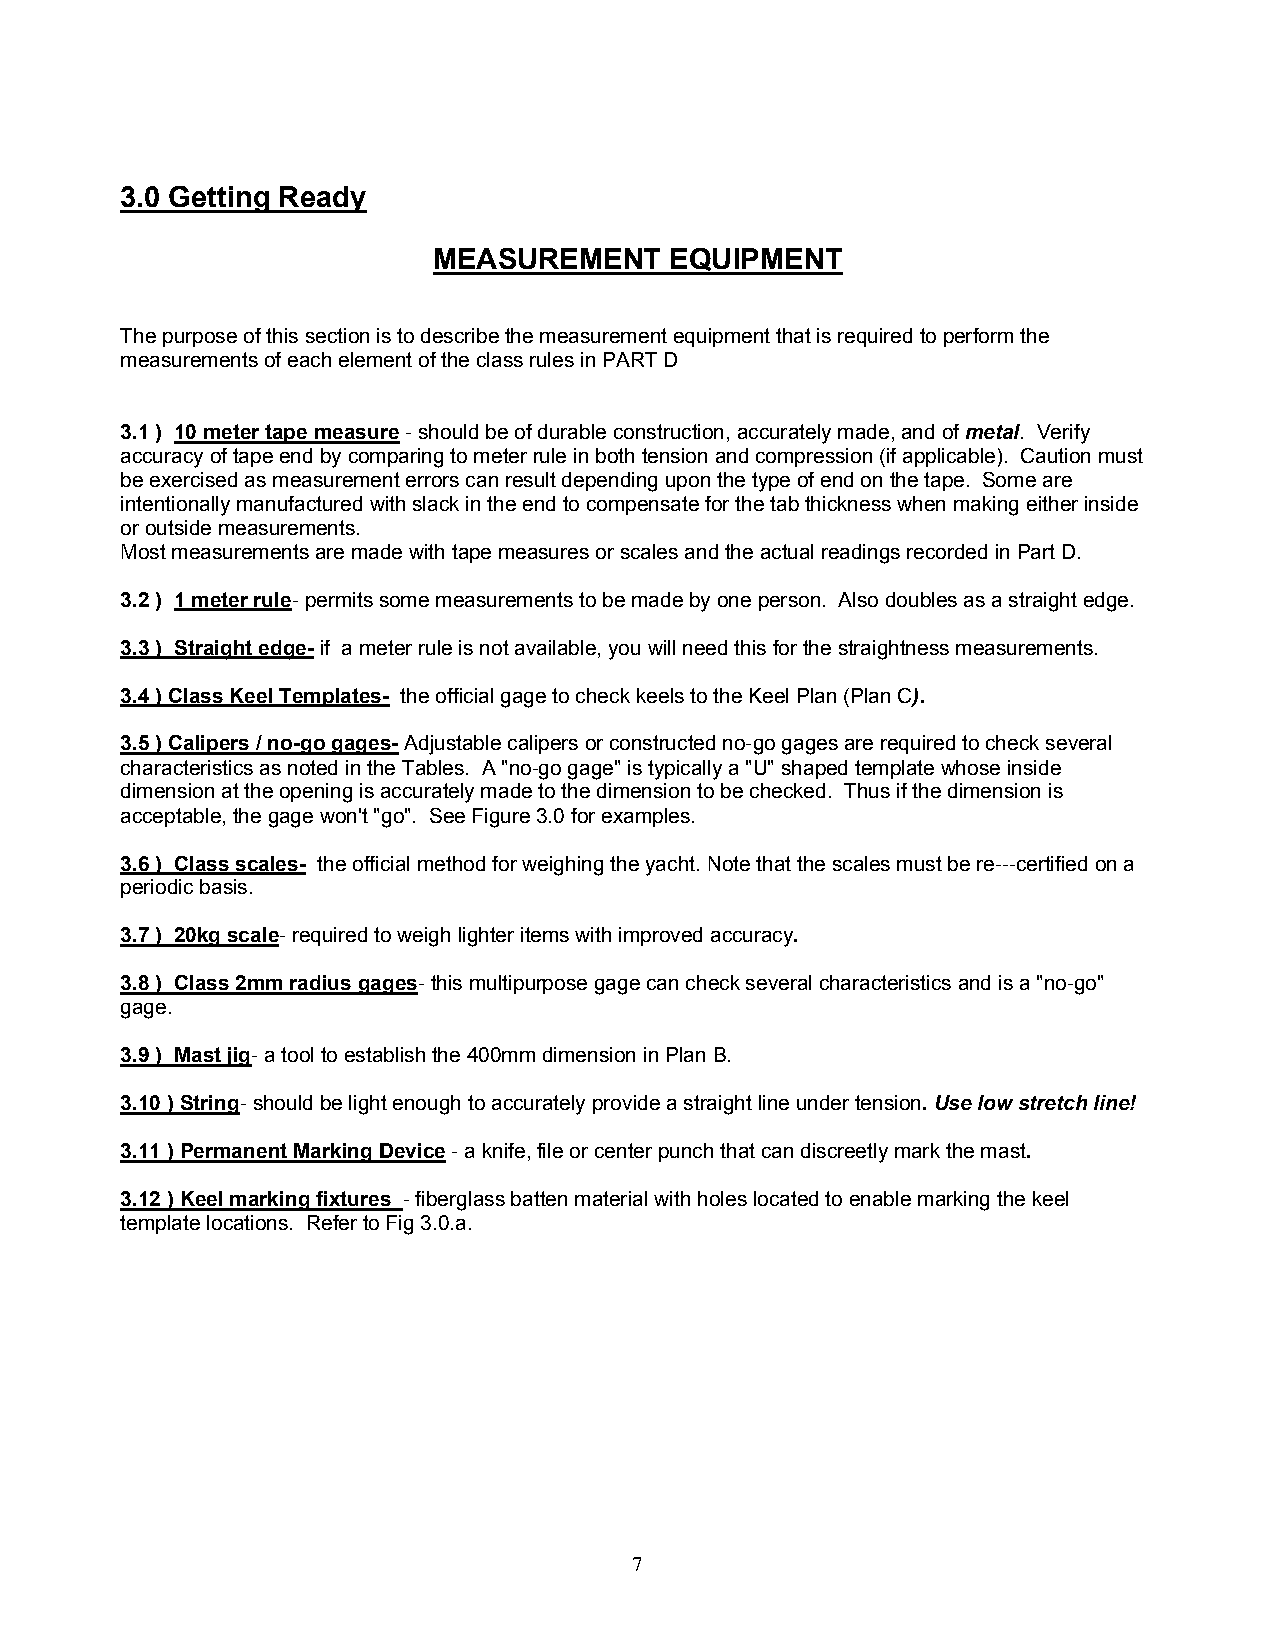
3.0 Getting Ready
 MEASUREMENT    EQUIPMENT
 The purpose of this section is to describe the measurement equipment that is required to perform the
 measurements of each element of the class rules in PART D
 3.1 ) 10 meter tape measure - should be of durable construction, accurately made, and of metal. Verify
 accuracy of tape end by comparing to meter rule in both tension and compression (if applicable). Caution must
 be exercised as measurement errors can result depending upon the type of end on the tape. Some are
 intentionally manufactured with slack in the end to compensate for the tab thickness when making either inside
 or outside measurements.
 Most measurements are made with tape measures or scales and the actual readings recorded in Part D.
 3.2 ) 1 meter rule- permits some measurements to be made by one person. Also doubles as a straight edge.
 3.3 ) Straight edge- if a meter rule is not available, you will need this for the straightness measurements.
 3.4 ) Class Keel Templates- the official gage to check keels to the Keel Plan (Plan C).
 3.5 ) Calipers / no-go gages- Adjustable calipers or constructed no-go gages are required to check several
 characteristics as noted in the Tables. A "no-go gage" is typically a "U" shaped template whose inside
 dimension at the opening is accurately made to the dimension to be checked. Thus if the dimension is
 acceptable, the gage won't "go". See Figure 3.0 for examples.
 3.6 ) Class scales- the official method for weighing the yacht. Note that the scales must be re---certified on a
 periodic basis.
 3.7 ) 20kg scale- required to weigh lighter items with improved accuracy.
 3.8 ) Class 2mm radius gages- this multipurpose gage can check several characteristics and is a "no-go"
 gage.
 3.9 ) Mast jig- a tool to establish the 400mm dimension in Plan B.
 3.10 ) String- should be light enough to accurately provide a straight line under tension. Use low stretch line!
 3.11 ) Permanent Marking Device - a knife, file or center punch that can discreetly mark the mast.
 3.12 ) Keel marking fixtures - fiberglass batten material with holes located to enable marking the keel
 template locations. Refer to Fig 3.0.a.
 7